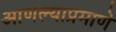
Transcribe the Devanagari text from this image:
आणल्याप्रमाणे